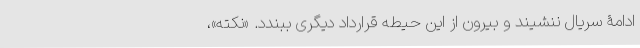
ادامۀ سریال ننشیند و بیرون از این حیطه قرارداد دیگری ببندد. «نکته»،